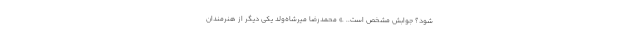
شود؟ جوابش مشخص است.. .» محمدرضا میرشاه‌ولد یکی دیگر از هنرمندان